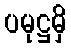
ပမုဋ္ဌမှိ